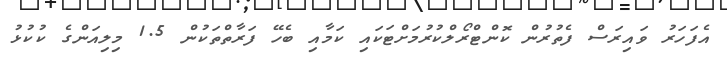
އެފަހަރު ވައިރަސް ފެތުރުން ކޮންޓްރޯލްކުރުމަށްޓަކައި ކަމާއި ބެހޭ ފަރާތްތަކުން 1.5 މިލިއަންގެ ކުކުޅު